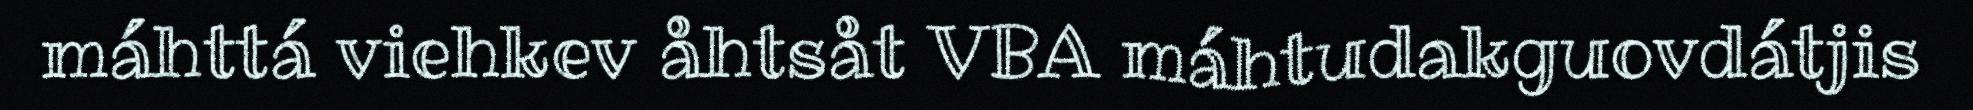
máhttá viehkev åhtsåt VBA máhtudakguovdátjis